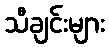
သီချင်းများ